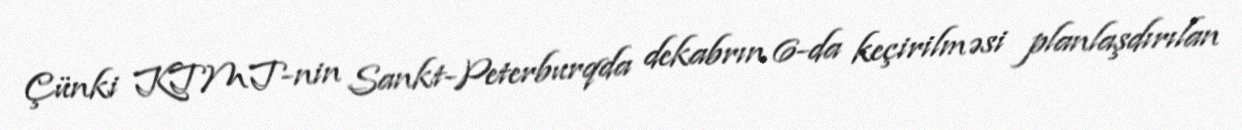
Çünki KTMT-nin Sankt-Peterburqda dekabrın 6-da keçirilməsi planlaşdırılan